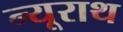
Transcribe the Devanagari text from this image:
न्यूराथ